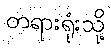
တရားရုံးသို့